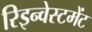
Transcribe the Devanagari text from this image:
रिइन्वेस्टमेंट